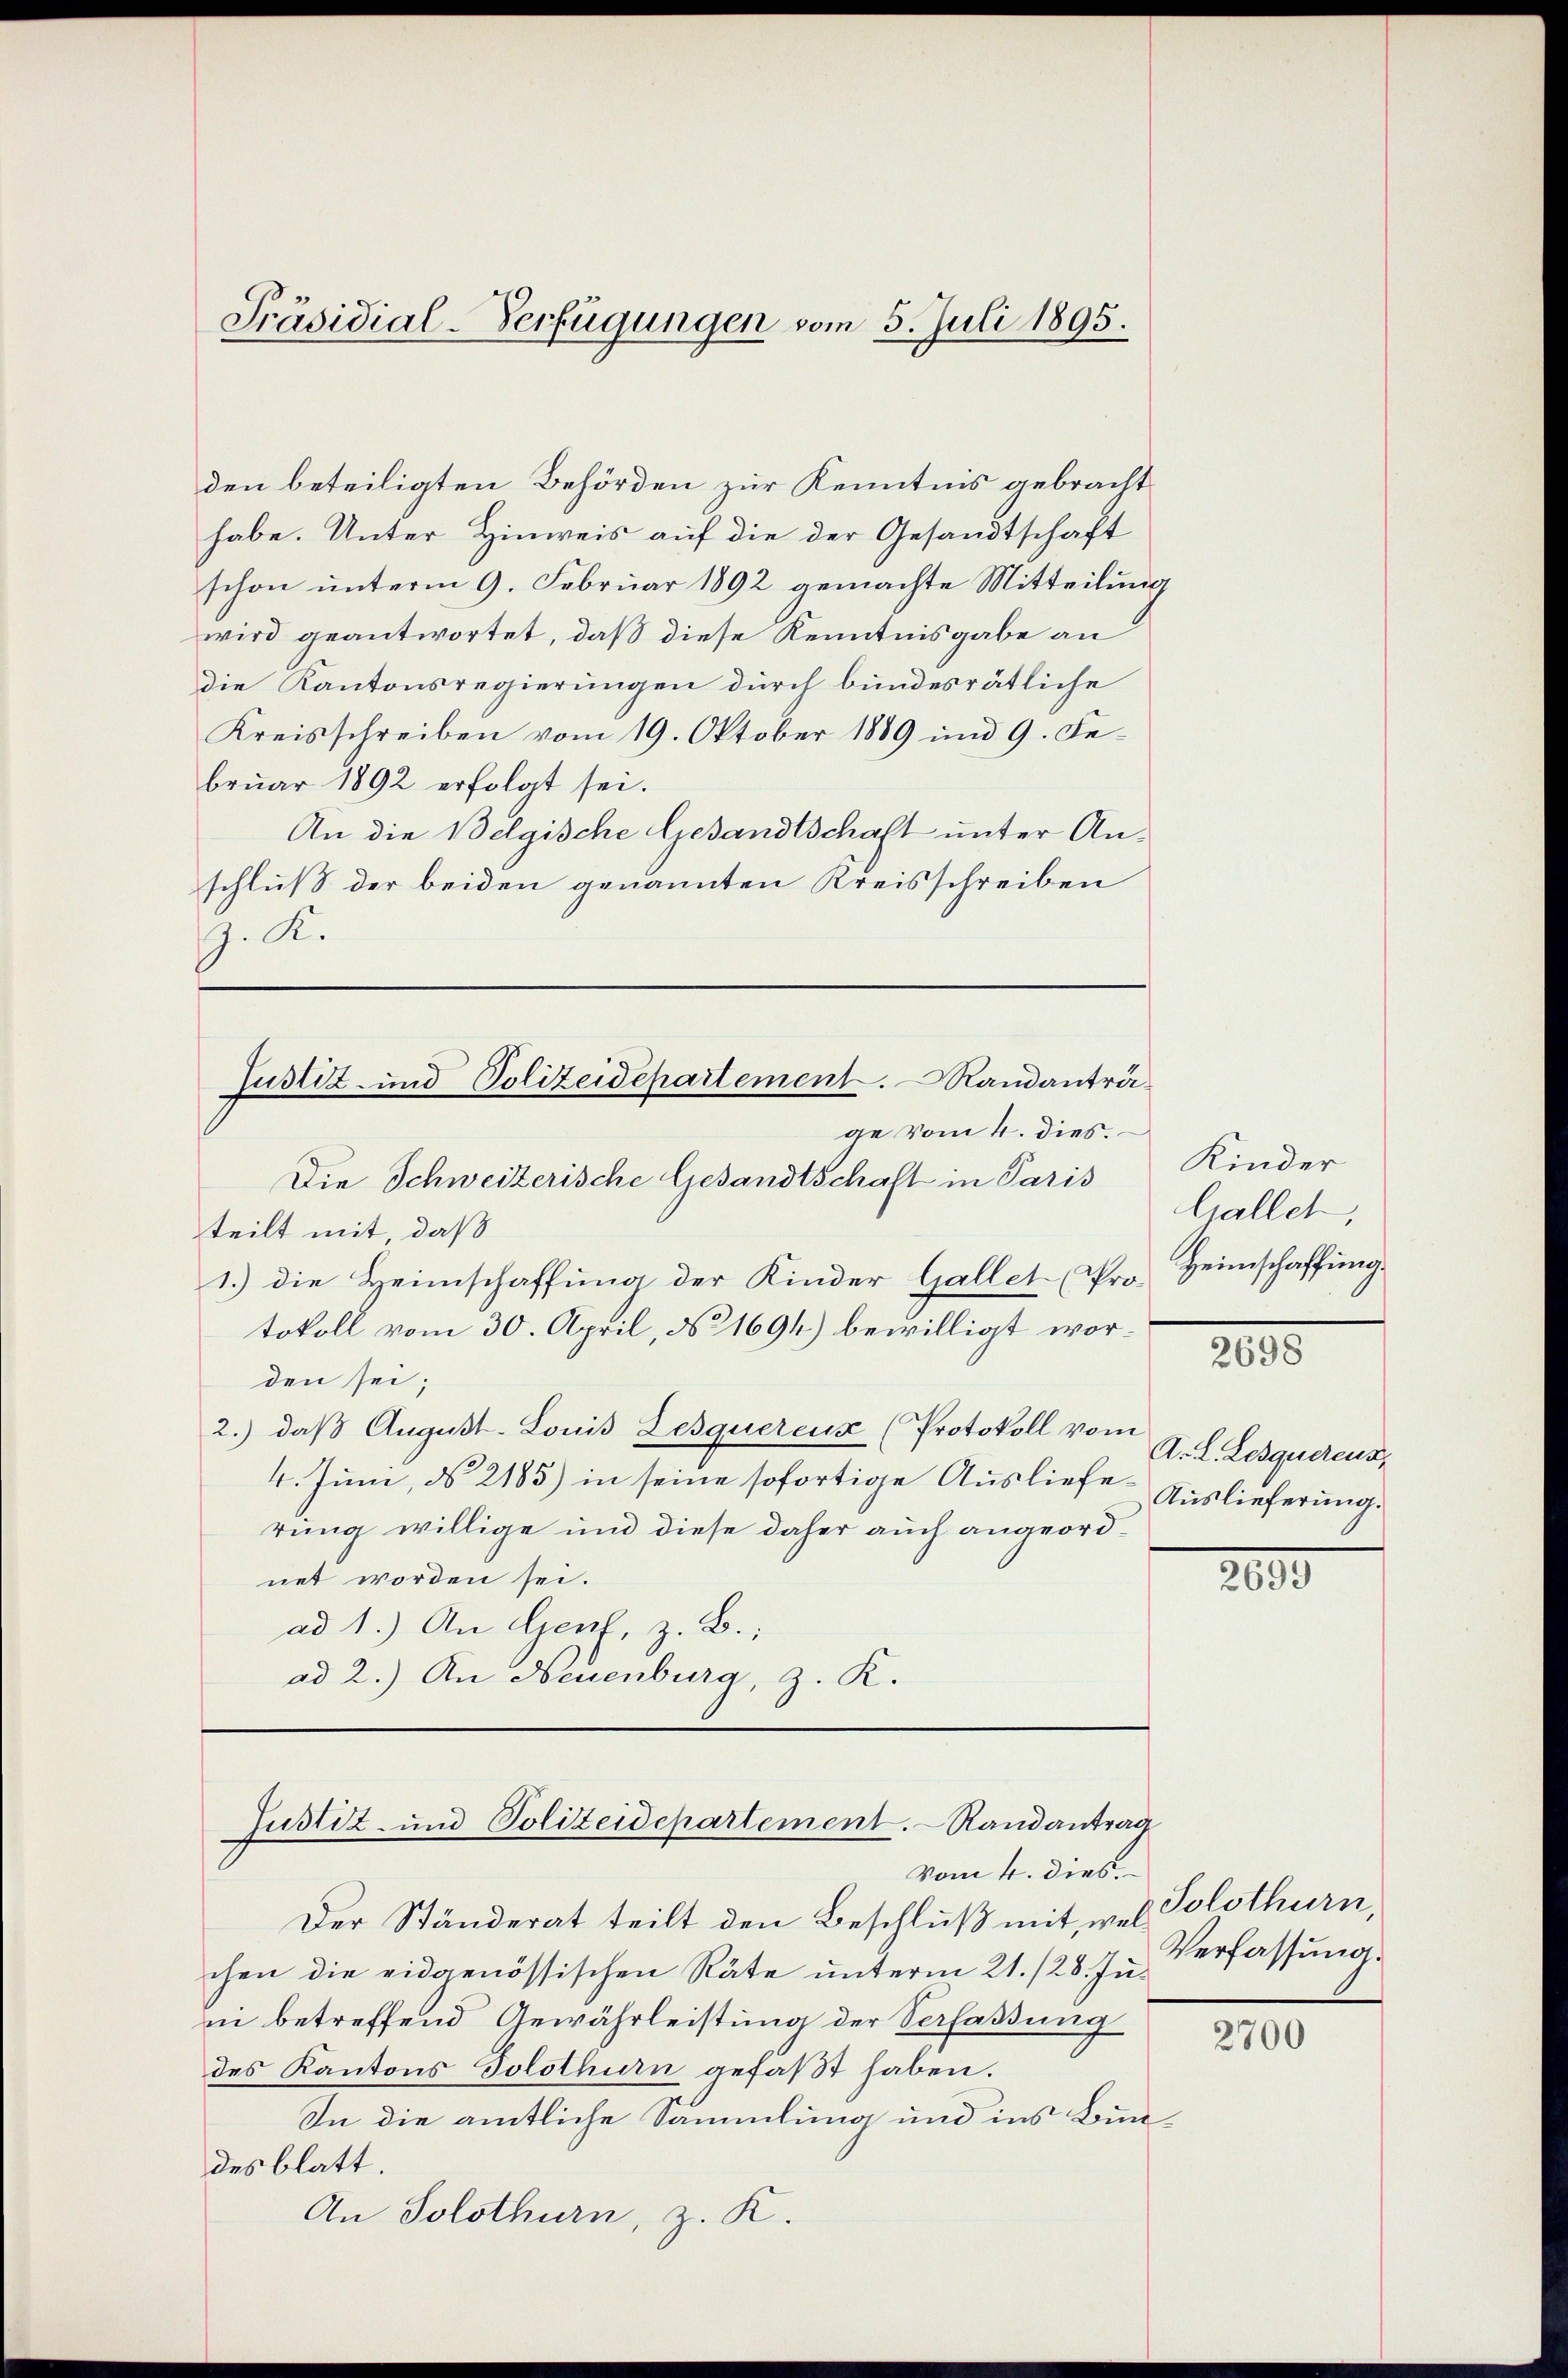
Präsidial-Verfügungen vom 5. Juli 1895.

den beteiligten Behörden zur Kenntnis gebracht
habe. Unter Hinweis auf die der Gesandtschaft
schon unterm 9. Februar 1892 gemachte Mitteilung
wird geantwortet, daß diese Kenntnisgabe an
die Kantonsregierungen durch bundesrätliche
Kreisschreiben vom 19. Oktober 1889 und 9. Februar 1892 erfolgt sei.
An die Belgische Gesandtschaft unter Anschluß der beiden genannten Kreisschreiben
G. K.

Justiz- und Polizeidepartement. Randanträge vom 4. dies.

Die Schweizerische Gesandtschaft in Paris
teilt mit, daß
1.) die Heimschaffung der Kinder Gallet Sr. Heimschaffung.
tokoll vom 30. April, No 1694) bewilligt worden sei;
2.) daß August-Louis Zesquéreux (Protokoll vom
4. Juni, d. 2185) in seine sofortige Auslieferung willige und diese daher auch angeordnet worden sei.
ad 1.) An Genf, z. B.:
ad 2.) An Neuenburg, z. K.

Justiz- und Polizeidepartement. Randantrag

Der Ständerat teilt den Beschluß mit, welchen die eidgenössischen Räte unterm 21. 128. Juni betreffend Gewährleistung der Verfaßung
des Kantons Solothurn gefaßt haben.
In die amtliche Sammlung und ins Bundes blatt.
An Solothurn, z. K.

vom 4. dies

Kinder
Gallet,
2000
A. L. Lesquerens,
Auslieferung.

2000

Solothurn,
Verfassung.

2700